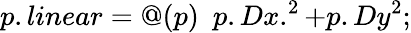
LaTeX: p.linear=@(p)\, \, \, p.Dx.^{2}+p.Dy^{2};